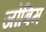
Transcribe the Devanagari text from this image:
जोबिम